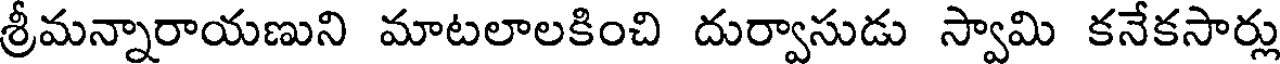
శ్రీమన్నారాయణుని మాటలాలకించి దుర్వాసుడు స్వామి కనేకసార్లు